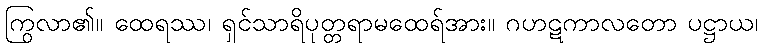
ကြွလာ၏။ ထေရဿ၊ ရှင်သာရိပုတ္တရာမထေရ်အား။ ဂဟဋကာလတော ပဋ္ဌာယ၊